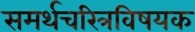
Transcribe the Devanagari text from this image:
समर्थचरित्रविषयक